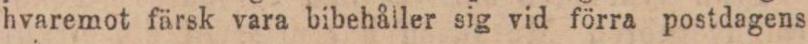
hvaremot färsk vara bibehåller sig vid förra postdagens